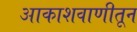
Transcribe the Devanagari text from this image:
आकाशवाणीतून